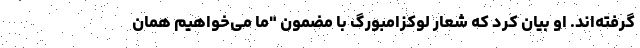
گرفته‌اند. او بیان کرد که شعار لوکزامبورگ با مضمون "ما می‌خواهیم همان